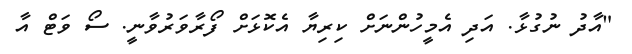
"އާދު ނުގުޅާ. އަދި އެމީހުންނަށް ކިރިޔާ އެކޮޅަށް ފޯރާވަރުވާނީ. ސޯ ވަޓް އާ